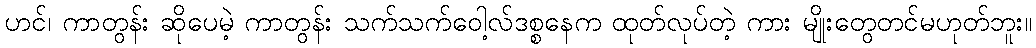
ဟင်၊ ကာတွန်း ဆိုပေမဲ့ ကာတွန်း သက်သက်ဝေါ့လ်ဒစ္စနေက ထုတ်လုပ်တဲ့ ကား မျိုးတွေတင်မဟုတ်ဘူး။